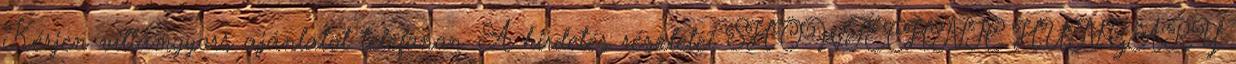
Kérjen villámgyors ajánlatot telefonon. A hirdetés részletei SHOWTECHNIC HUNGARY